Indian journal of veterinary science and animal husbandry - Volumes 15-17, 1948-1951
Year: 1948
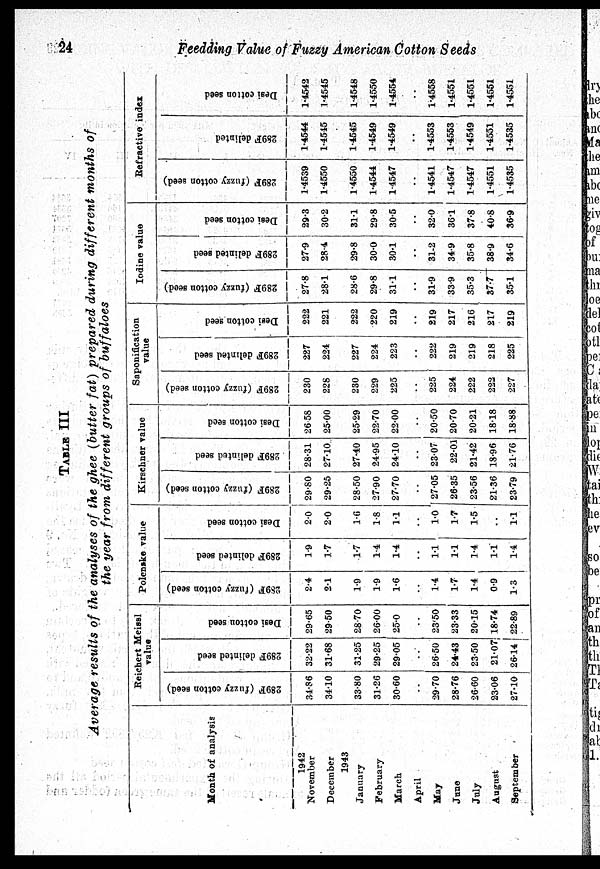
24
Feedding Value of Fuzzy American Cotton Seeds
TABLE III
Average results of the analyses of the ghee (butter fat) prepared during different months of
the year from different groups of buffaloes
Month of analysis
1942
November
December
1943
January
February
March
April
May
June
July
August
September
Reichret Meissl
value
289F (fuzzy cotton seed)
34.86
34.10
33.80
31.26
30.60
..
29.70
28.76
26.60
23.06
27.10
289F delinted seed
32.22
31.68
31.25
29.25
29.05
..
26.50
24.43
23.50
21.07
26.14
Desi cotton seed
29.65
29.50
28.70
26.00
25.0
..
23.50
23.33
20.15
18.74
22.89
Polenske value
289F
(fuzzy cotton seed)
2.4
2.1
..
1.9
1.9
1.6
..
1.4
1.7
1.4
0.9
1.3
289F delinted seed
1.9
1.7
1.7
1.4
1.4
..
1.1
1.1
1.4
1.1
1.4
Desi
cotton seed
2.0
2.0
1.6
1.8
1.1
..
1.0
1.7
1.5
..
1.1
Kirschner value
289F (fuzzy cotton seed)
29.80
29.25
28.50
27.90
27.70
..
27.05
26.35
23.56
21.36
23.79
289F delinted seed
28.31
27.10
27.40
24.95
24.10
..
23.07
22.01
21.42
18.96
21.76
Desi cotton seed
26.58
25.00
25.29
22.70
22.00
..
20.50
20.70
20.21
18.18
18.88
Saponification
value
289F (fuzzy cotton seed)
230
228
230
229
225
..
225
224
222
222
227
289F delinted seed
227
224
227
224
223
..
222
219
219
218
225
Desi cotton seed
222
221
222
220
219
..
219
217
216
217
219
Iodine value
289F (fuzzy cotton seed)
27.8
28.1
28.6
29.8
31.1
..
31.9
33.9
35.3
37.7
35.1
289F delinted seed
27.9
28.4
29.8
30.0
30.1
..
31.2
34.9
35.8
38.9
34.6
Desi cotton seed
29.3
30.2
31.1
29.8
30.5
..
32.0
36.1
37.8
40.8
36.9
Refractive index
289F (fuzzy cotton seed)
1.4539
1.4550
1.4550
1.4544
1.4547
..
1.4541
1.4547
1.4547
1.4551
1.4535
289F delinted
1.4544
1.4545
1.4545
1.4549
1.4549
..
1.4553
1.4553
1.4549
1.4551
1.4535
Desi cotton seed
1.4542
1.4545
1.4548
1.4550
1.4554
..
1.4558
1.4551
1.4551
1.4551
1.4551